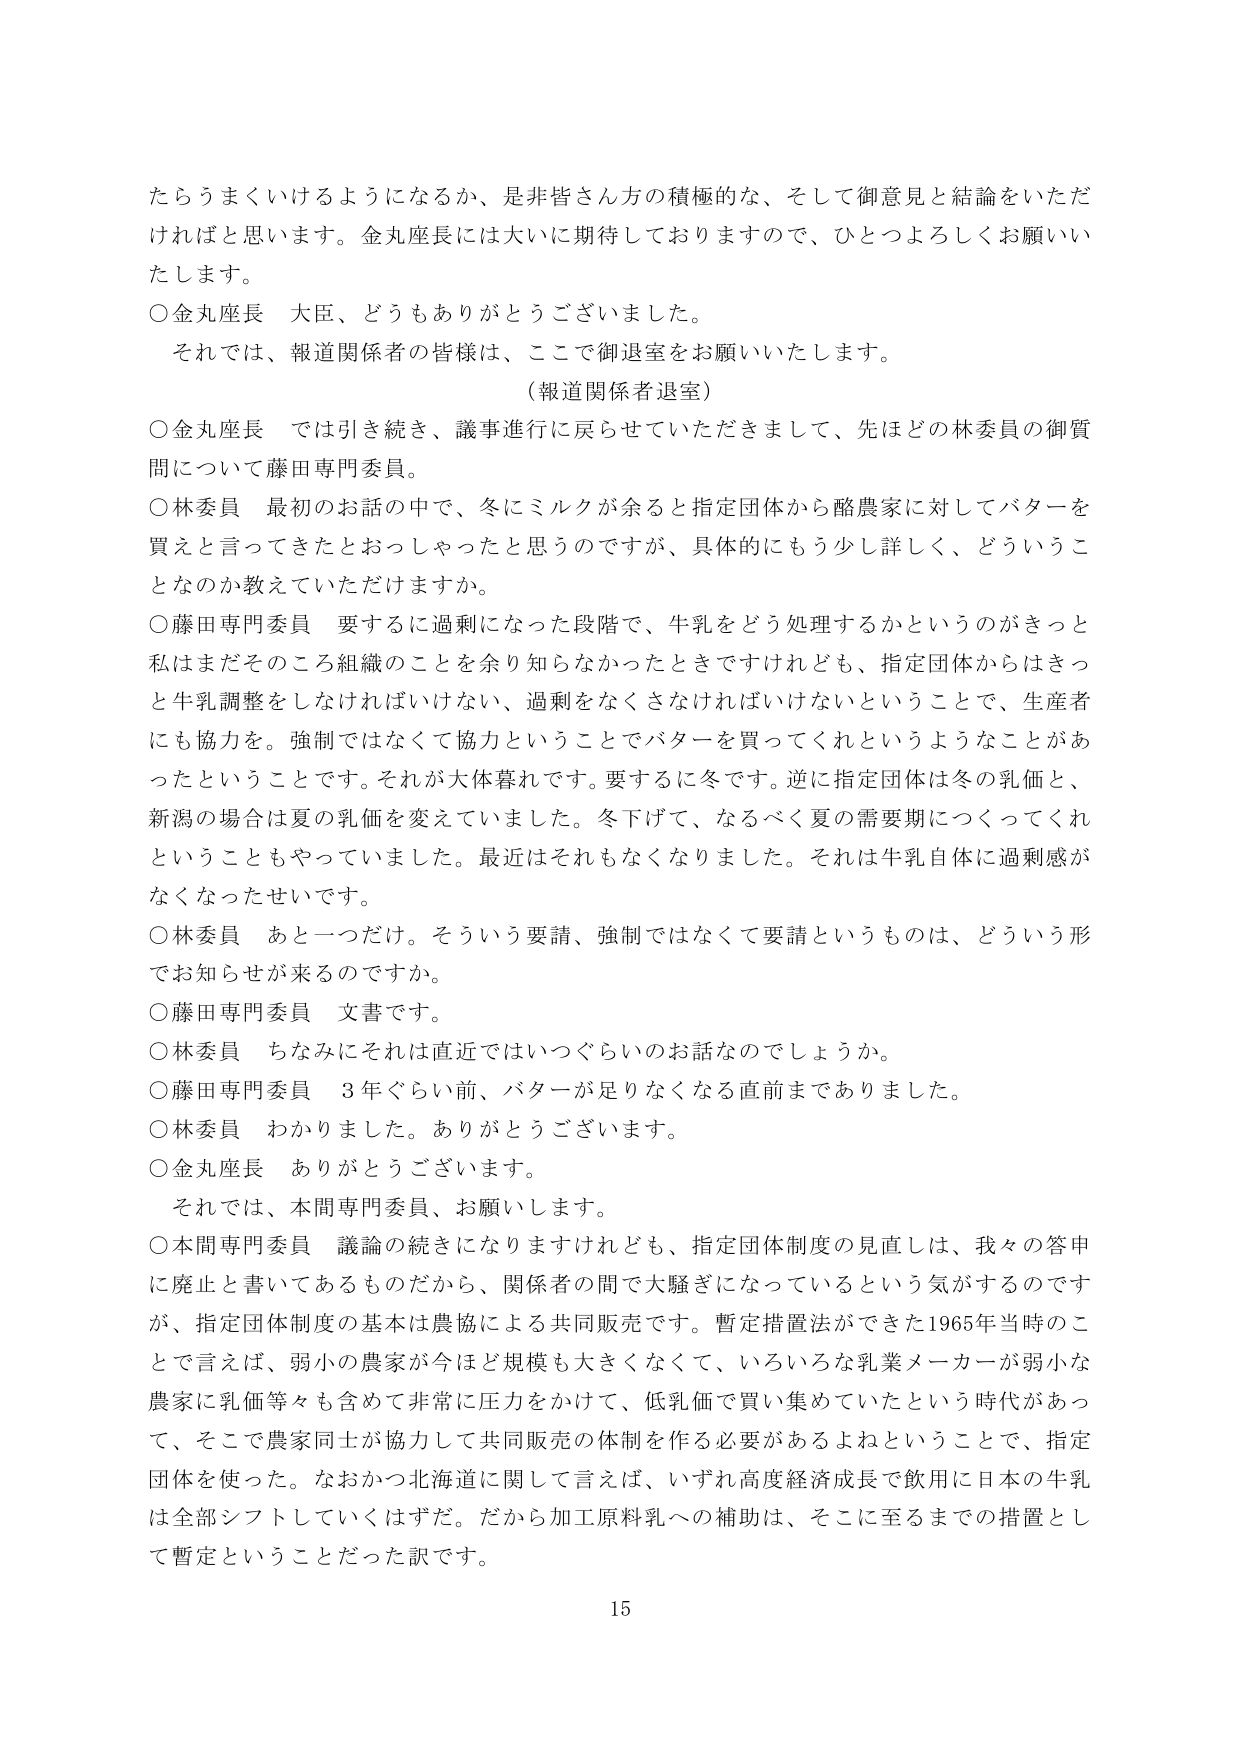
たらうまくいけるようになるか、是非皆さん方の積極的な、そして御意見と結論をいただければと思います。金丸座長には大いに期待しておりますので、ひとつよろしくお願いいたします。

○金丸座長　大臣、どうもありがとうございました。

　それでは、報道関係者の皆様は、ここで御退室をお願いいたします。

　（報道関係者退室）

○金丸座長　では引き続き、議事進行に戻らせていただきますので、先ほど林委員の御質問について藤田専門委員。

○林委員　最初のお話の中で、冬にミルクが余ると指定団体から酪農家に対してバターを買えと言ってきたとおっしゃったと思うのですが、具体的にもう少し詳しく、どういうことなのか教えていただけますか。

○藤田専門委員　要するに過剰になった段階で、牛乳をどう処理するかというのがきっと私はまだそのころ組織のことを余り知らなかったときですけれども、指定団体からはきっと牛乳調整をしなければいけない、過剰をなくさなければいけないということで、生産者にも協力を。強制ではなくて協力ということでバターを買ってくれというようなことがあったということです。それが大体暮れです。要するに冬です。逆に指定団体は冬の乳価と、新潟の場合は夏の乳価を変えていました。冬下げて、なるべく夏の需要期につくってくれということもやっていました。最近はそれもなくなりました。それは牛乳自体に過剰感がなくなったせいです。

○林委員　あと一つだけ。そういう要請、強制ではなくて要請というものは、どういう形でお知らせが来るのですか。

○藤田専門委員　文書です。

○林委員　ちなみにそれは直近ではいつぐらいのお話なのでしょうか。

○藤田専門委員　3年ぐらい前、バターが足りなくなる直前までありました。

○林委員　わかりました。ありがとうございます。

○金丸座長　ありがとうございます。

　それでは、本間専門委員、お願いします。

○本間専門委員　議論の続きになりますけれども、指定団体制度の見直しは、我々の答申に廃止と書いてあるものだから、関係者の間で大騒ぎになっているという気がするのですが、指定団体制度の基本は農協による共同販売です。暫定措置法ができた1965年当時のことであれば、弱小の農家が今ほど規模も大きくなくて、いろいろな乳業メーカーが弱小な農家に乳価等々も含めて非常に圧力をかけて、低乳価で買い集めていたという時代があって、そこで農家同士が協力して共同販売の体制を作る必要があるよねということで、指定団体を使った。なおかつ北海道に関して言えば、いずれ高度経済成長で飲用に日本の牛乳は全部シフトしていくはずだ。だから加工原料乳への補助は、そこに至るまでの措置として暫定ということだった訳です。

15